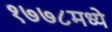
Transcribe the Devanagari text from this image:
१७७८मध्ये